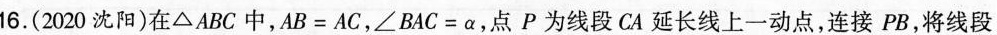
16.(2020沈阳)在△ABC中，$$A B = A C$$，$$∠ B A C = α$$，点P为线段CA延长线上一动点，连接PB，将线段